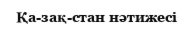
Қа­зақ­стан нәтижесі